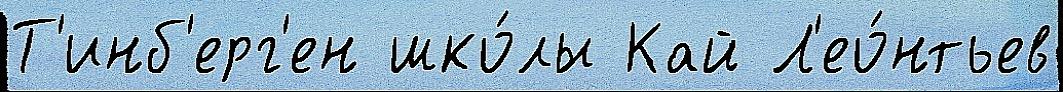
Т'инб'ерг'ен шко́лы Кай Л'ео́нтьев